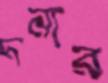
দনার